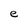
Character: e